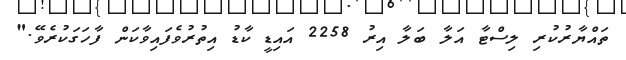
ތައްޔާރުކުރި ލިސްޓާ އަލާ ބަލާ އިރު 2258 އައިޑީ ކާޑު އިތުރުވެފައިވާކަން ފާހަގަކުރެވޭ."